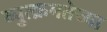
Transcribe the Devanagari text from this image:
व्युत्क्रमतेच्या